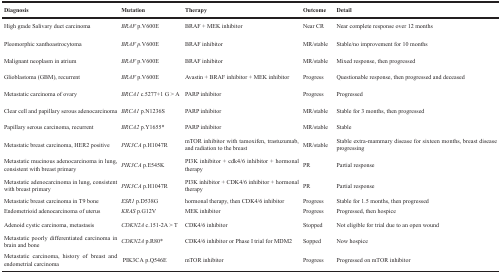
| Diagnosis | Mutation | Therapy | Outcome | Detail |
 | --- | --- | --- | --- | --- |
 | High grade Salivary duct carcinoma | BRAFp.V600E | BRAF + MEK inhibitor | Near CR | Near complete response over 12 months |
 | Pleomorphic xanthoastrocytoma | BRAF p.V600E | BRAF inhibitor | MR/stable | Stable/no improvement for 10 months |
 | Malignant neoplasm in atrium | BRAFp.V600E | BRAF inhibitor | MR/stable | Mixed response, then progressed |
 | Glioblastoma (GBM), recurrent | BRAFp.V600E | Avastin + BRAF inhibitor + MEK inhibitor | Progress | Questionable response, then progressed and deceased |
 | Metastatic carcinoma of ovary | BRCA1c.5277+1 G > A | PARP inhibitor | Progress | Progressed |
 | Clear cell and papillary serous adenocarcinoma | BRCA1p.N1236S | PARP inhibitor | MR/stable | Stable for 3 months, then progressed |
 | Papillary serous carcinoma, recurrent | BRCA2p.Y1655* | PARP inhibitor | MR/stable | Stable |
 | Metastatic breast carcinoma, HER2 positive | PIK3CAp.H1047R | mTOR inhibitor with tamoxifen, trastuzumab, and radiation to the breast | MR/stable | Stable extra-mammary disease for sixteen months, breast disease progressing |
 | Metastatic mucinous adenocarcinoma in lung, consistent with breast primary | PIK3CAp.E545K | PI3K inhibitor + cdk4/6 inhibitor + hormonal therapy | PR | Partial response |
 | Metastatic adenocarcinoma in lung, consistent with breast primary | PIK3CAp.H1047R | PI3K inhibitor + CDK4/6 inhibitor + hormonal therapy | PR | Partial response |
 | Metastatic breast carcinoma in T9 bone | ESR1p.D538G | hormonal therapy, then CDK4/6 inhibitor | Progress | Stable for 1.5 months, then progressed |
 | Endometrioid adenocarcinoma of uterus | KRASp.G12V | MEK inhibitor | Progress | Progressed, then hospice |
 | Adenoid cystic carcinoma, metastasis | CDKN2Ac.151-2A > T | CDK4/6 inhibitor | Stopped | Not eligible for trial due to an open wound |
 | Metastatic poorly differentiated carcinoma in brain and bone | CDKN2Ap.R80* | CDK4/6 inhibitor or Phase I trial for MDM2 | Sopped | Now hospice |
 | Metastatic carcinoma, history of breast and endometrial carcinoma | PIK3CAp.Q546E | mTOR inhibitor | Progress | Progressed on mTOR inhibitor |